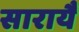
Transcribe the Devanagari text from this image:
सारायै